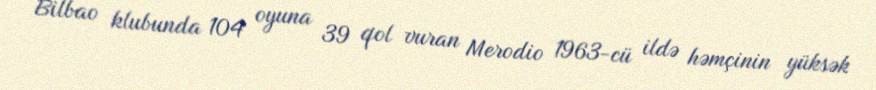
Bilbao klubunda 104 oyuna 39 qol vuran Merodio 1963-cü ildə həmçinin yüksək